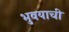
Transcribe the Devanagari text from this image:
भुवयाची